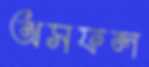
অসফল